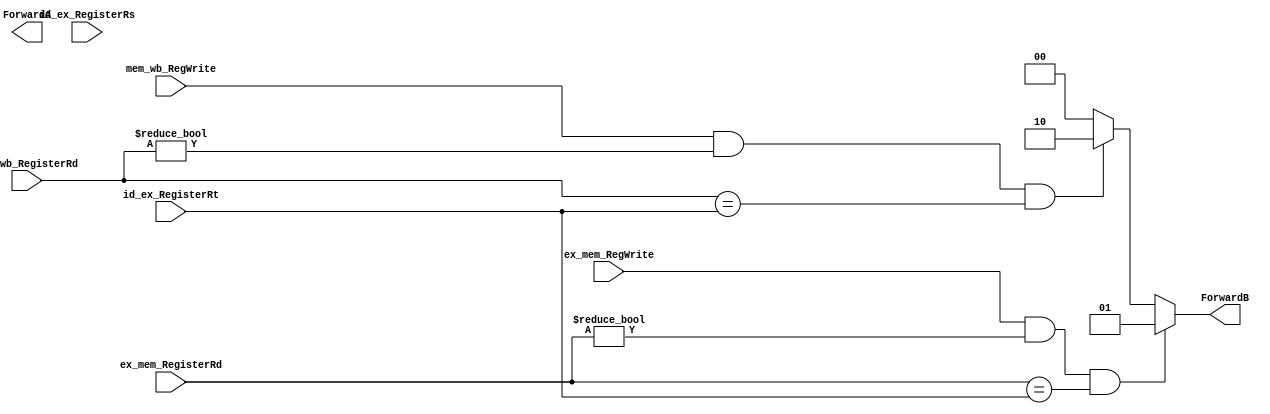
`timescale 1ns / 1ps
//////////////////////////////////////////////////////////////////////////////////
// Company: 
// Engineer: 
// 
// Design Name: 
// Module Name: FwdUnitAlu
// Project Name: 
// Target Devices: 
// Tool Versions: 
// Description: 
// 
// Dependencies: 
// 
// Revision:
// Revision 0.01 - File Created
// Additional Comments:
// 
//////////////////////////////////////////////////////////////////////////////////


module FwdUnitAlu(ex_mem_RegWrite,
                   ex_mem_RegisterRd,
                    mem_wb_RegWrite,
                    mem_wb_RegisterRd,
                    id_ex_RegisterRs,
                    id_ex_RegisterRt, 
                   ForwardA,
                   ForwardB);
input ex_mem_RegWrite;
input [4:0] ex_mem_RegisterRd;
input mem_wb_RegWrite;
input[4:0]  mem_wb_RegisterRd;
input[4:0] id_ex_RegisterRs;
input[4:0] id_ex_RegisterRt;
output reg [1:0] ForwardA;
output reg [1:0] ForwardB;
always @(*)
   begin
      //---- Forward A ----//
      if(ex_mem_RegWrite && 
        (ex_mem_RegisterRd != 0)&&
        (ex_mem_RegisterRd == id_ex_RegisterRs)) begin
            ForwardB=2'b01;  
      end else if( mem_wb_RegWrite &&
                (mem_wb_RegisterRd!=0)&&
                (mem_wb_RegisterRd ==id_ex_RegisterRs)) begin
            ForwardB=2'b10;  
      end else begin
            ForwardB=2'b00;
      end
      
      //---- Forward B ----//
      if(ex_mem_RegWrite && 
        (ex_mem_RegisterRd != 0)&&
        (ex_mem_RegisterRd == id_ex_RegisterRt)) begin
            ForwardB=2'b01;  
      end else if( mem_wb_RegWrite &&
                (mem_wb_RegisterRd!=0)&&
                (mem_wb_RegisterRd ==id_ex_RegisterRt)) begin
            ForwardB=2'b10;  
      end else begin
            ForwardB=2'b00;
      end
   end
      
endmodule